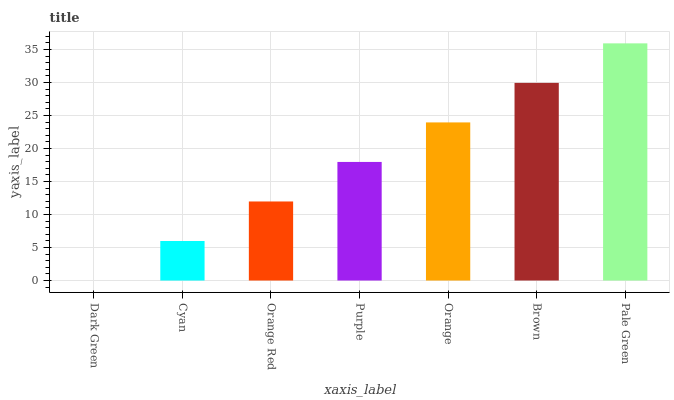
| xaxis_label | bars |
 | --- | --- |
 | Dark Green | 0 |
 | Cyan | 5.99 |
 | Orange Red | 12 |
 | Purple | 18 |
 | Orange | 23.9 |
 | Brown | 29.9 |
 | Pale Green | 35.9 |